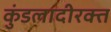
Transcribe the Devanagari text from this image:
कुंडलादीरक्त